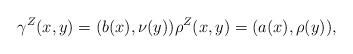
LaTeX: \begin{align*} \gamma^Z(x, y) = (b(x), \nu(y)) \rho^Z(x, y) = (a(x), \rho(y)),\end{align*}